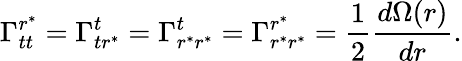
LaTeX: \Gamma_{tt}^{r^{\ast}}=\Gamma_{tr^{\ast}}^{t}=\Gamma_{r^{\ast}r^{\ast}}^{t}=\Gamma_{r^{\ast}r^{\ast}}^{r^{\ast}}=\frac{1}{2}\frac{d\Omega(r)}{dr}.